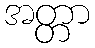
အတ္တာ